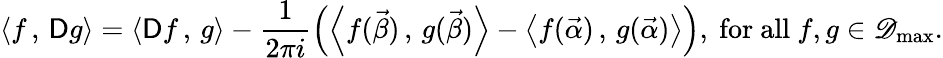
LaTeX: \left\langle f\, ,\, \mathsf{D}g\right\rangle=\left\langle\mathsf{D}f\, ,\, g\right\rangle-\frac 1{2\pi i}\left(\left\langle f(\vec{\beta})\, ,\, g(\vec{\beta})\right\rangle-\left\langle f(\vec{\alpha})\, ,\, g(\vec{\alpha})\right\rangle\right),\mathrm{~for~all~}f,g\in\mathscr D_{\operatorname*{max}}.